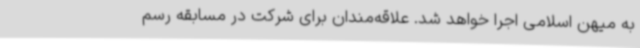
به میهن اسلامی اجرا خواهد شد. علاقه‌مندان برای شرکت در مسابقه رسم